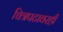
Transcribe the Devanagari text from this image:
चित्रपटावरही